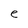
Character: e